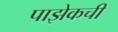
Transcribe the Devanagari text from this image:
पाझेकची